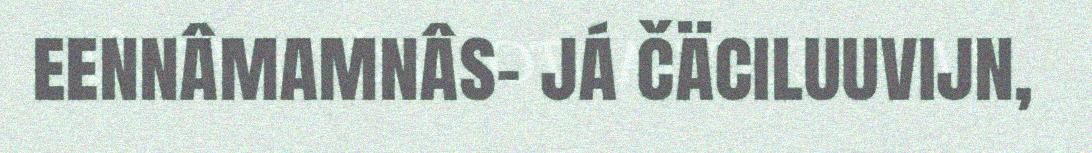
eennâmamnâs- já čäciluuvijn,